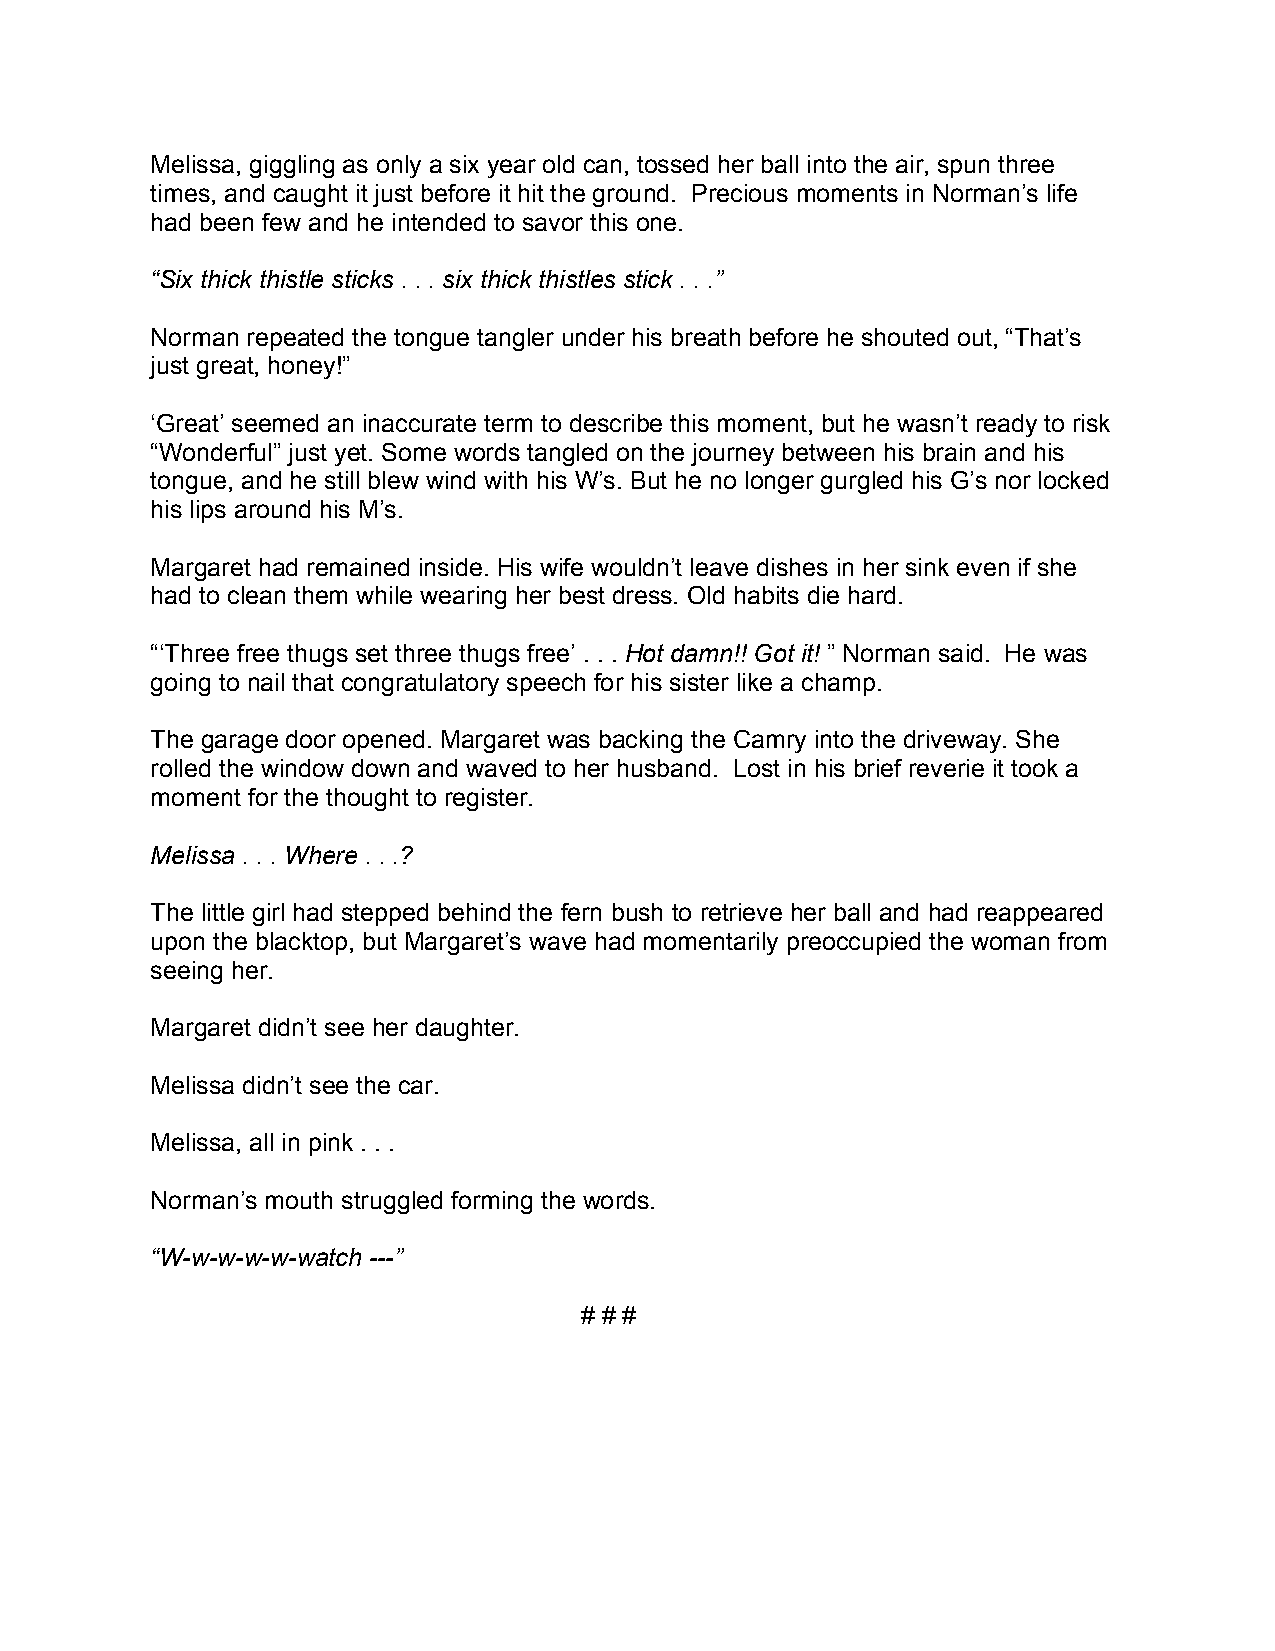
Melissa, giggling as only a six year old can, tossed her ball into the air, spun three
 times, and caught it just before it hit the ground. Precious moments in Norman’s life
 had been few and he intended to savor this one.
 “Six thick thistle sticks . . . six thick thistles stick . . .”
 Norman repeated the tongue tangler under his breath before he shouted out, “That’s
 just great, honey!”
 ‘Great’ seemed an inaccurate term to describe this moment, but he wasn’t ready to risk
 “Wonderful” just yet. Some words tangled on the journey between his brain and his
 tongue, and he still blew wind with his W’s. But he no longer gurgled his G’s nor locked
 his lips around his M’s.
 Margaret had remained inside. His wife wouldn’t leave dishes in her sink even if she
 had to clean them while wearing her best dress. Old habits die hard.
 “‘Three free thugs set three thugs free’ . . . Hot damn!! Got it! ” Norman said. He was
 going to nail that congratulatory speech for his sister like a champ.
 The garage door opened. Margaret was backing the Camry into the driveway. She
 rolled the window down and waved to her husband. Lost in his brief reverie it took a
 moment for the thought to register.
 Melissa . . . Where . . .?
 The little girl had stepped behind the fern bush to retrieve her ball and had reappeared
 upon the blacktop, but Margaret’s wave had momentarily preoccupied the woman from
 seeing her.
 Margaret didn’t see her daughter.
 Melissa didn’t see the car.
 Melissa, all in pink . . .
 Norman’s mouth struggled forming the words.
 “W-w-w-w-w-watch ---”
 # # #